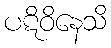
ပဋိဝိနေသိ